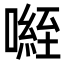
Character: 𭊾